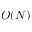
O ( N )